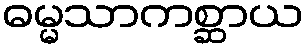
ဓမ္မသာကစ္ဆာယ